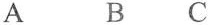
A B C